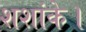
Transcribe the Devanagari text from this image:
शशांके।